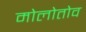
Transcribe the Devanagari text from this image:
मोलोतोव